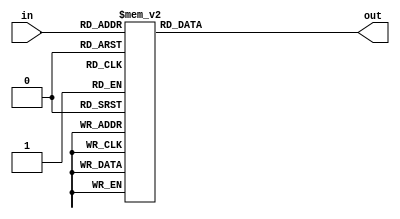
// @file decode_7seg.v
// @breif 7SEG-LED 
// @author Yusuke Matsunaga ( )
//
// Copyright (C) 2019 Yusuke Matsunaga
// All rights reserved.
//
// []
// 7SEG-LED  0-9, A-F 
//
// []
// in:  (4)
// out: (8)
module decode_7seg(input [3:0]   in,
                   output [7:0]  out);
         
function [7:0] decoder;
input [3:0] f_in;
   begin
      case (f_in)
      4'h0: decoder = 8'b1111_1100;
      4'h1: decoder = 8'b0110_0000;
      4'h2: decoder = 8'b1101_1010;
      4'h3: decoder = 8'b1111_0010;
      4'h4: decoder = 8'b0110_0110;
      4'h5: decoder = 8'b1011_0110;
      4'h6: decoder = 8'b1011_1110;
      4'h7: decoder = 8'b1110_0000;
      4'h8: decoder = 8'b1111_1110;
      4'h9: decoder = 8'b1111_0110;
      4'ha: decoder = 8'b1110_1110;
      4'hb: decoder = 8'b0011_1110;
      4'hc: decoder = 8'b0001_1010;
      4'hd: decoder = 8'b0111_1010;
      4'he: decoder = 8'b1001_1110;
      4'hf: decoder = 8'b1000_1110;
      endcase
   end
endfunction

assign out = decoder(in);

endmodule // decode_7seg